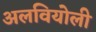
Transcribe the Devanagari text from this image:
अलवियोली